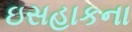
ઇસહાકના